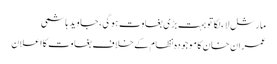
مارشل لاء لگا تو بہت بڑی بغاوت ہوگی، جاوید ہاشمی
عمران خان کاموجودہ نظام کےخلاف بغاوت کااعلان